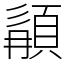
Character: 䫇